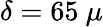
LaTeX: \delta=65~\mu